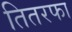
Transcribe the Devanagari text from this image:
तितरफा